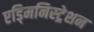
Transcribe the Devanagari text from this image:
एड्मिनिस्ट्रेशन